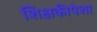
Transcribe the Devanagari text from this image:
शिक्षकीपेशा